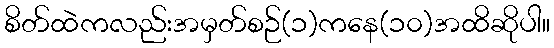
စိတ်ထဲကလည်းအမှတ်စဉ်(၁)ကနေ(၁၀)အထိဆိုပါ။